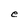
Character: e